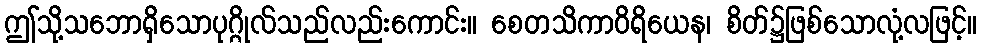
ဤသို့သဘောရှိသောပုဂ္ဂိုလ်သည်လည်းကောင်း။ စေတသိကာဝိရိယေန၊ စိတ်၌ဖြစ်သောလုံ့လဖြင့်။